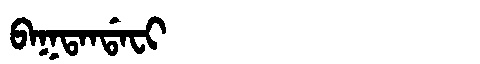
Manchu: ᠪᠠᡴᡨᠠᠨᡩᠠᠸᡳ
Romanization: BAKTANDAFI